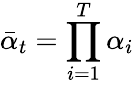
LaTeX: \bar{\alpha}_{t}=\prod_{i=1}^{T}\alpha_{i}